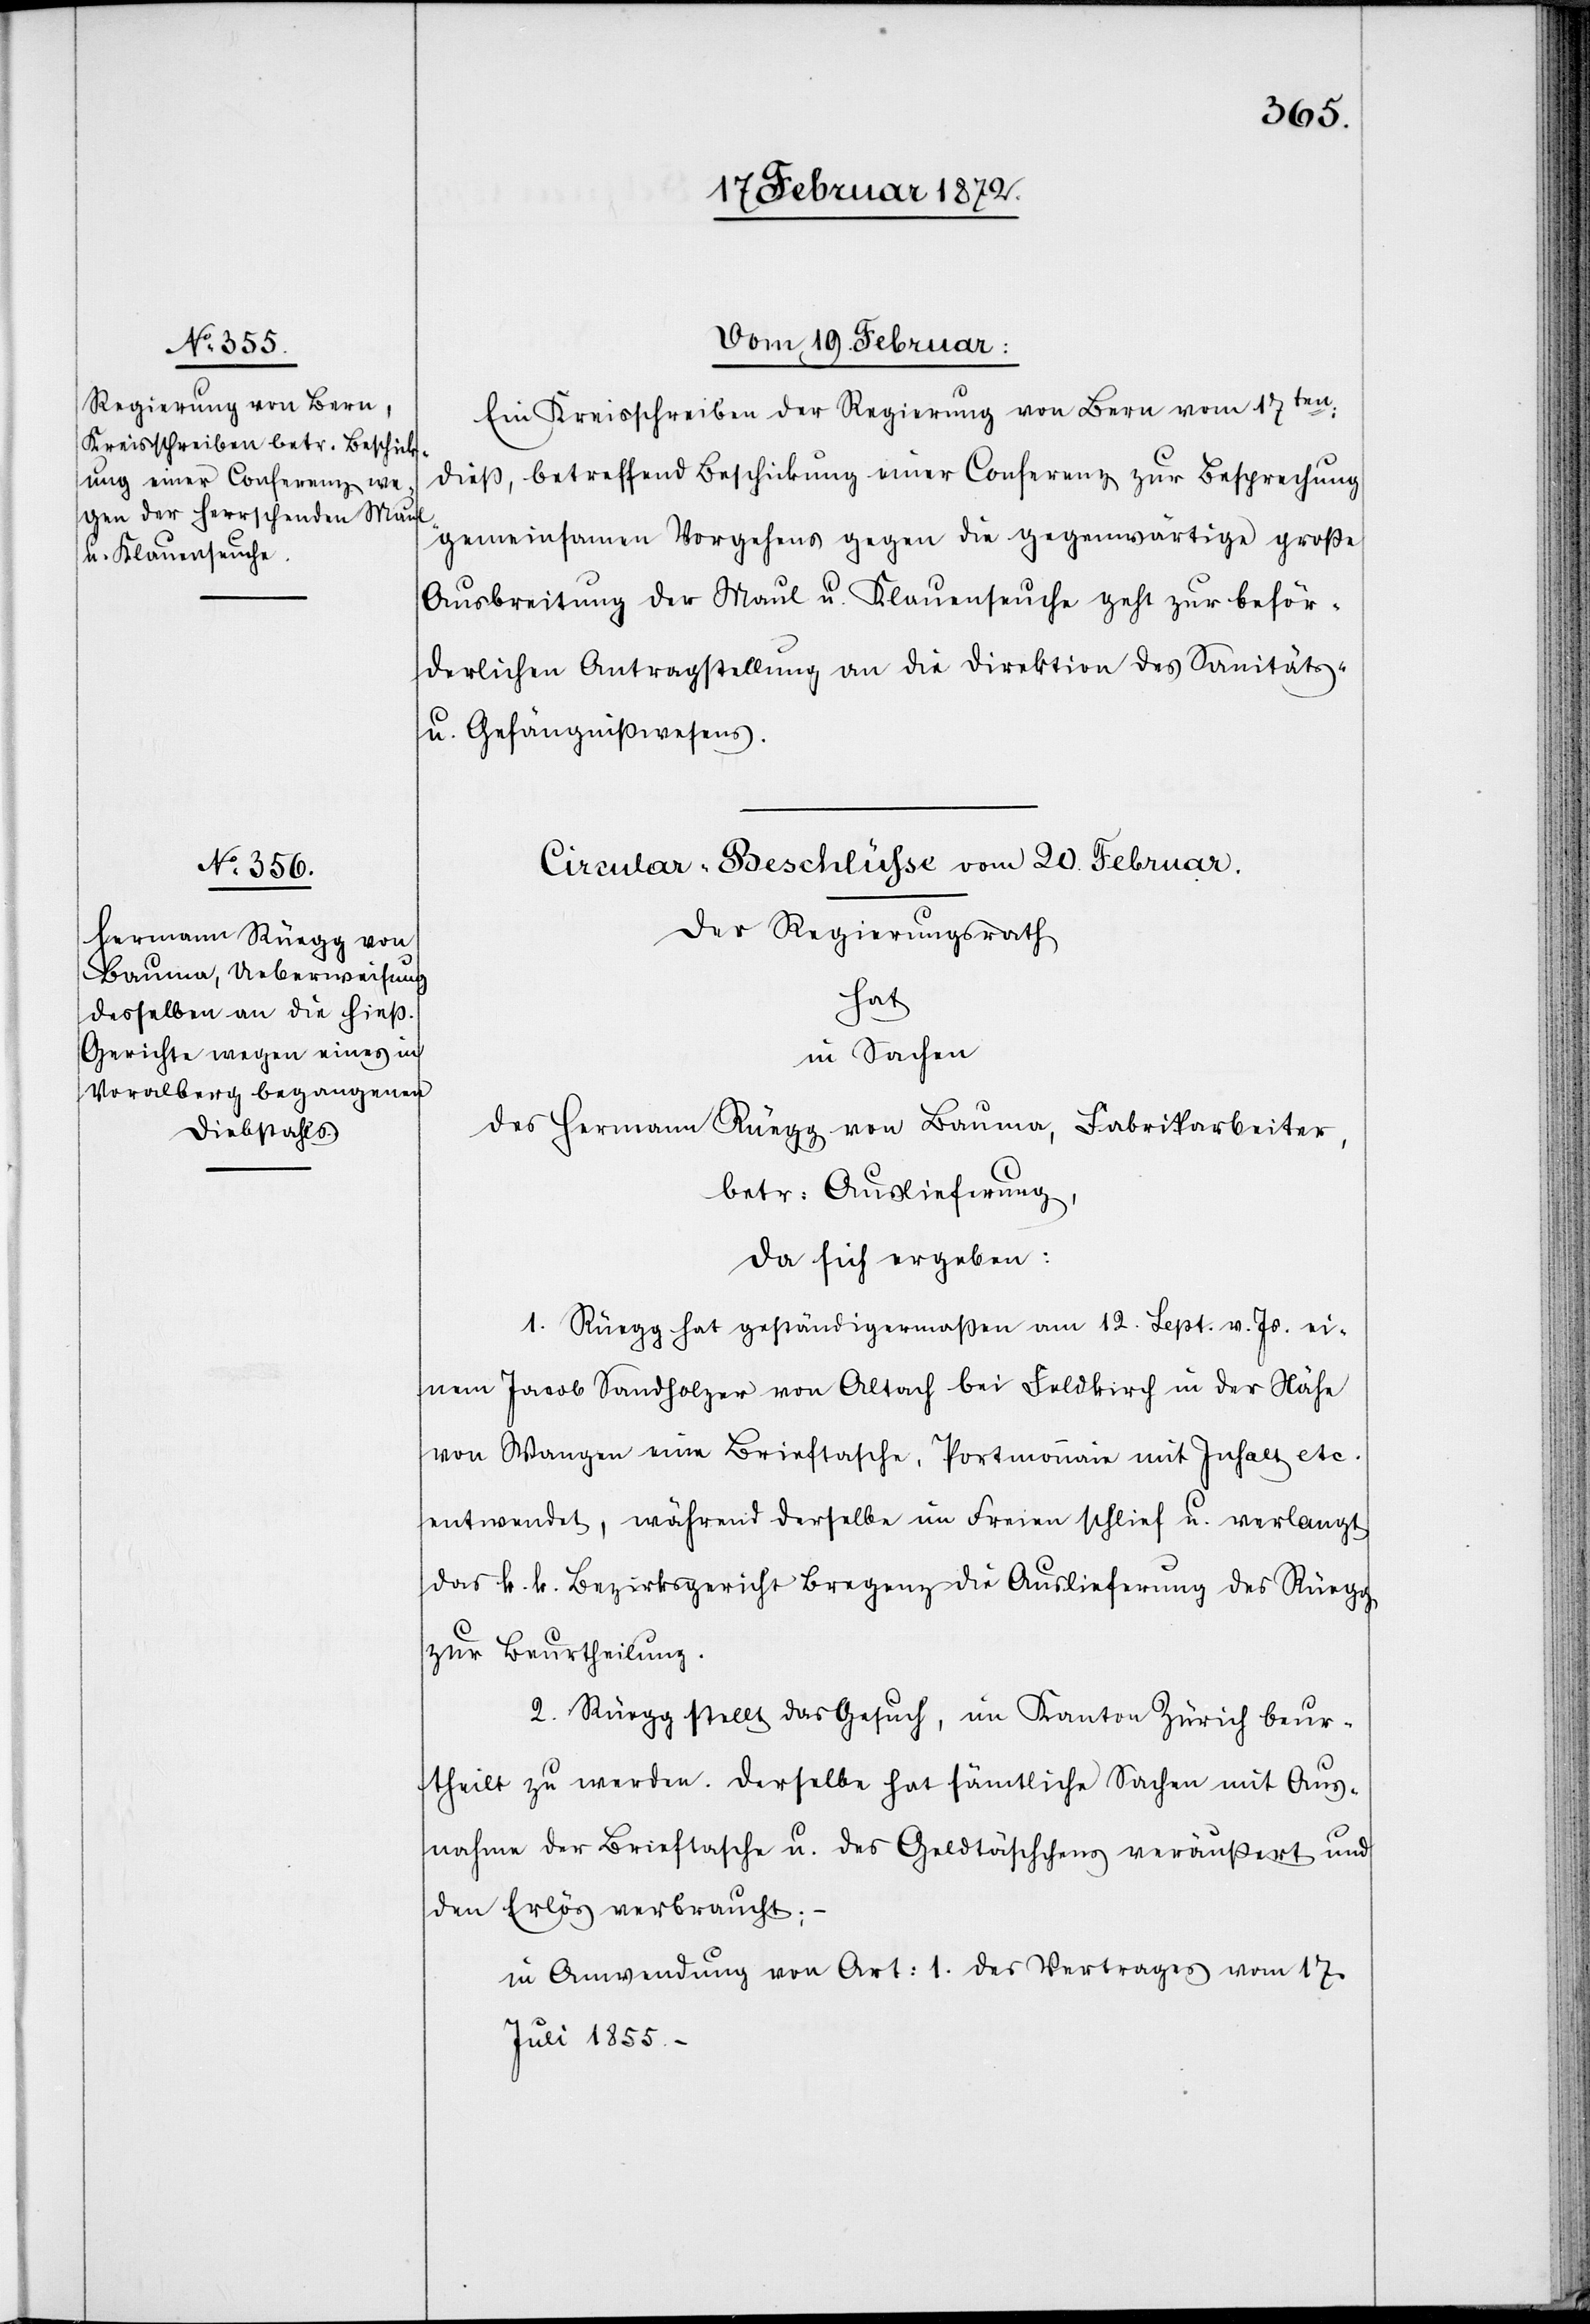
Vom 19 Februar:
Ein Kreisschreiben der Regierung von Bern vom 17ten
dieß, betreffend Beschickung einer Conferenz zur Besprechung
gemeinsamen Vorgehens gegen die gegenwärtige große
Ausbreitung der Maul u. Klauenseuche geht zur beför¬
derlichen Antragstellung an die Direktion des Sanitäts-
u. Gefängnißwesens.
Circular-Beschlüsse vom 20. Februar.
Der Regierungsrath
hat
in Sachen
des Hermann Rüegg von Bauma, Fabrikarbeiter,
betr. Auslieferung,
da sich ergeben:
1. Rüegg hat geständigermaßen am 12. Sept. v. Js. ei¬
nem Jacob Sandholzer von Altach bei Feldkirch in der Nähe
von Wangen eine Brieftasche, Portmonnaie mit Inhalt etc.
entwendet, während derselbe im Freien schlief u. verlangt
das k. k. Bezirksgericht Bregenz die Auslieferung des Rüegg
zur Beurtheilung.
2. Rüegg stellt das Gesuch, im Kanton Zürich beur¬
theilt zu werden. Derselbe hat sämtliche Sachen mit Aus¬
nahme der Brieftasche u. des Geldtäschchens veräußert und
den Erlös verbraucht;
in Anwendung von Art. 1. des Vertrages vom 17
Juli 1855.